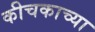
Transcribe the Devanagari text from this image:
कीचकाच्या